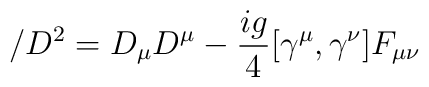
\slash{D}^{2} = D_{\mu}D^{\mu} - \frac{ig}{4}[\gamma^{\mu}, \gamma^{\nu}]F_{\mu\nu}